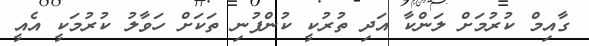
ގާއިމް ކުރުމަށް ލަންކާ އަދި ތުރުކީ ކުންފުނި ތަކަށް ހަވާލު ކުރުމަކީ އެއީ